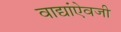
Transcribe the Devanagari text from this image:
वाद्यांऐवजी